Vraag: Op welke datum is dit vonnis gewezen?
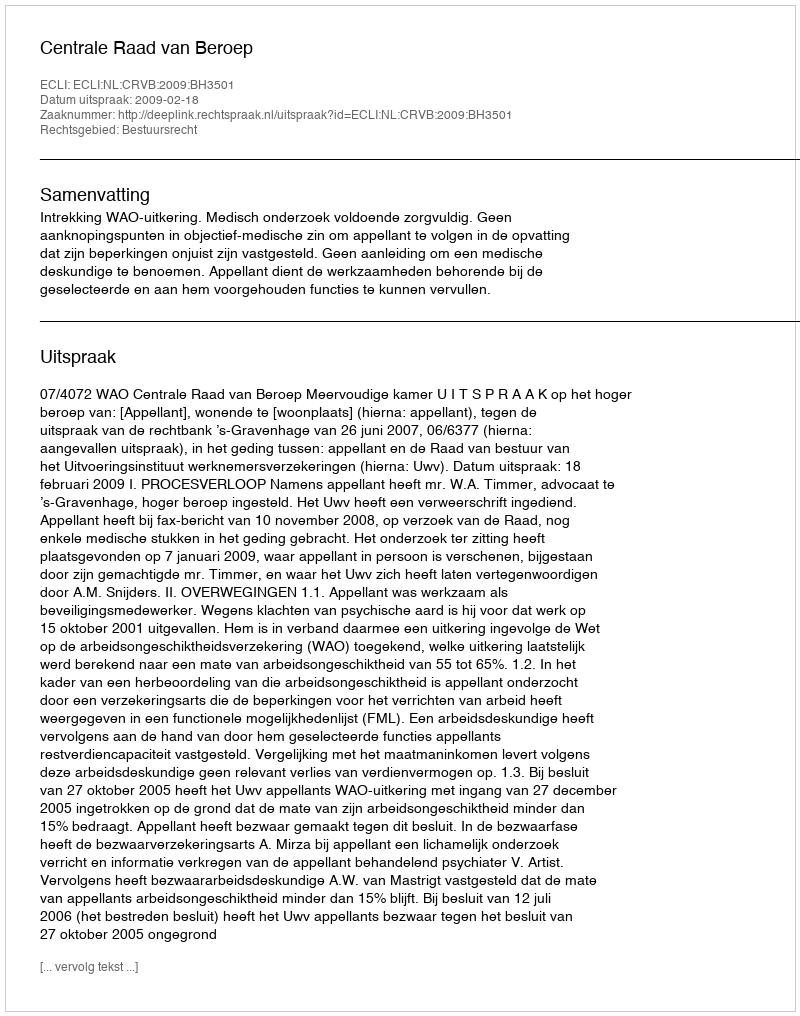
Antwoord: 2009-02-18